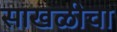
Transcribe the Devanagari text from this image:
साखळीचा